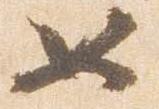
如